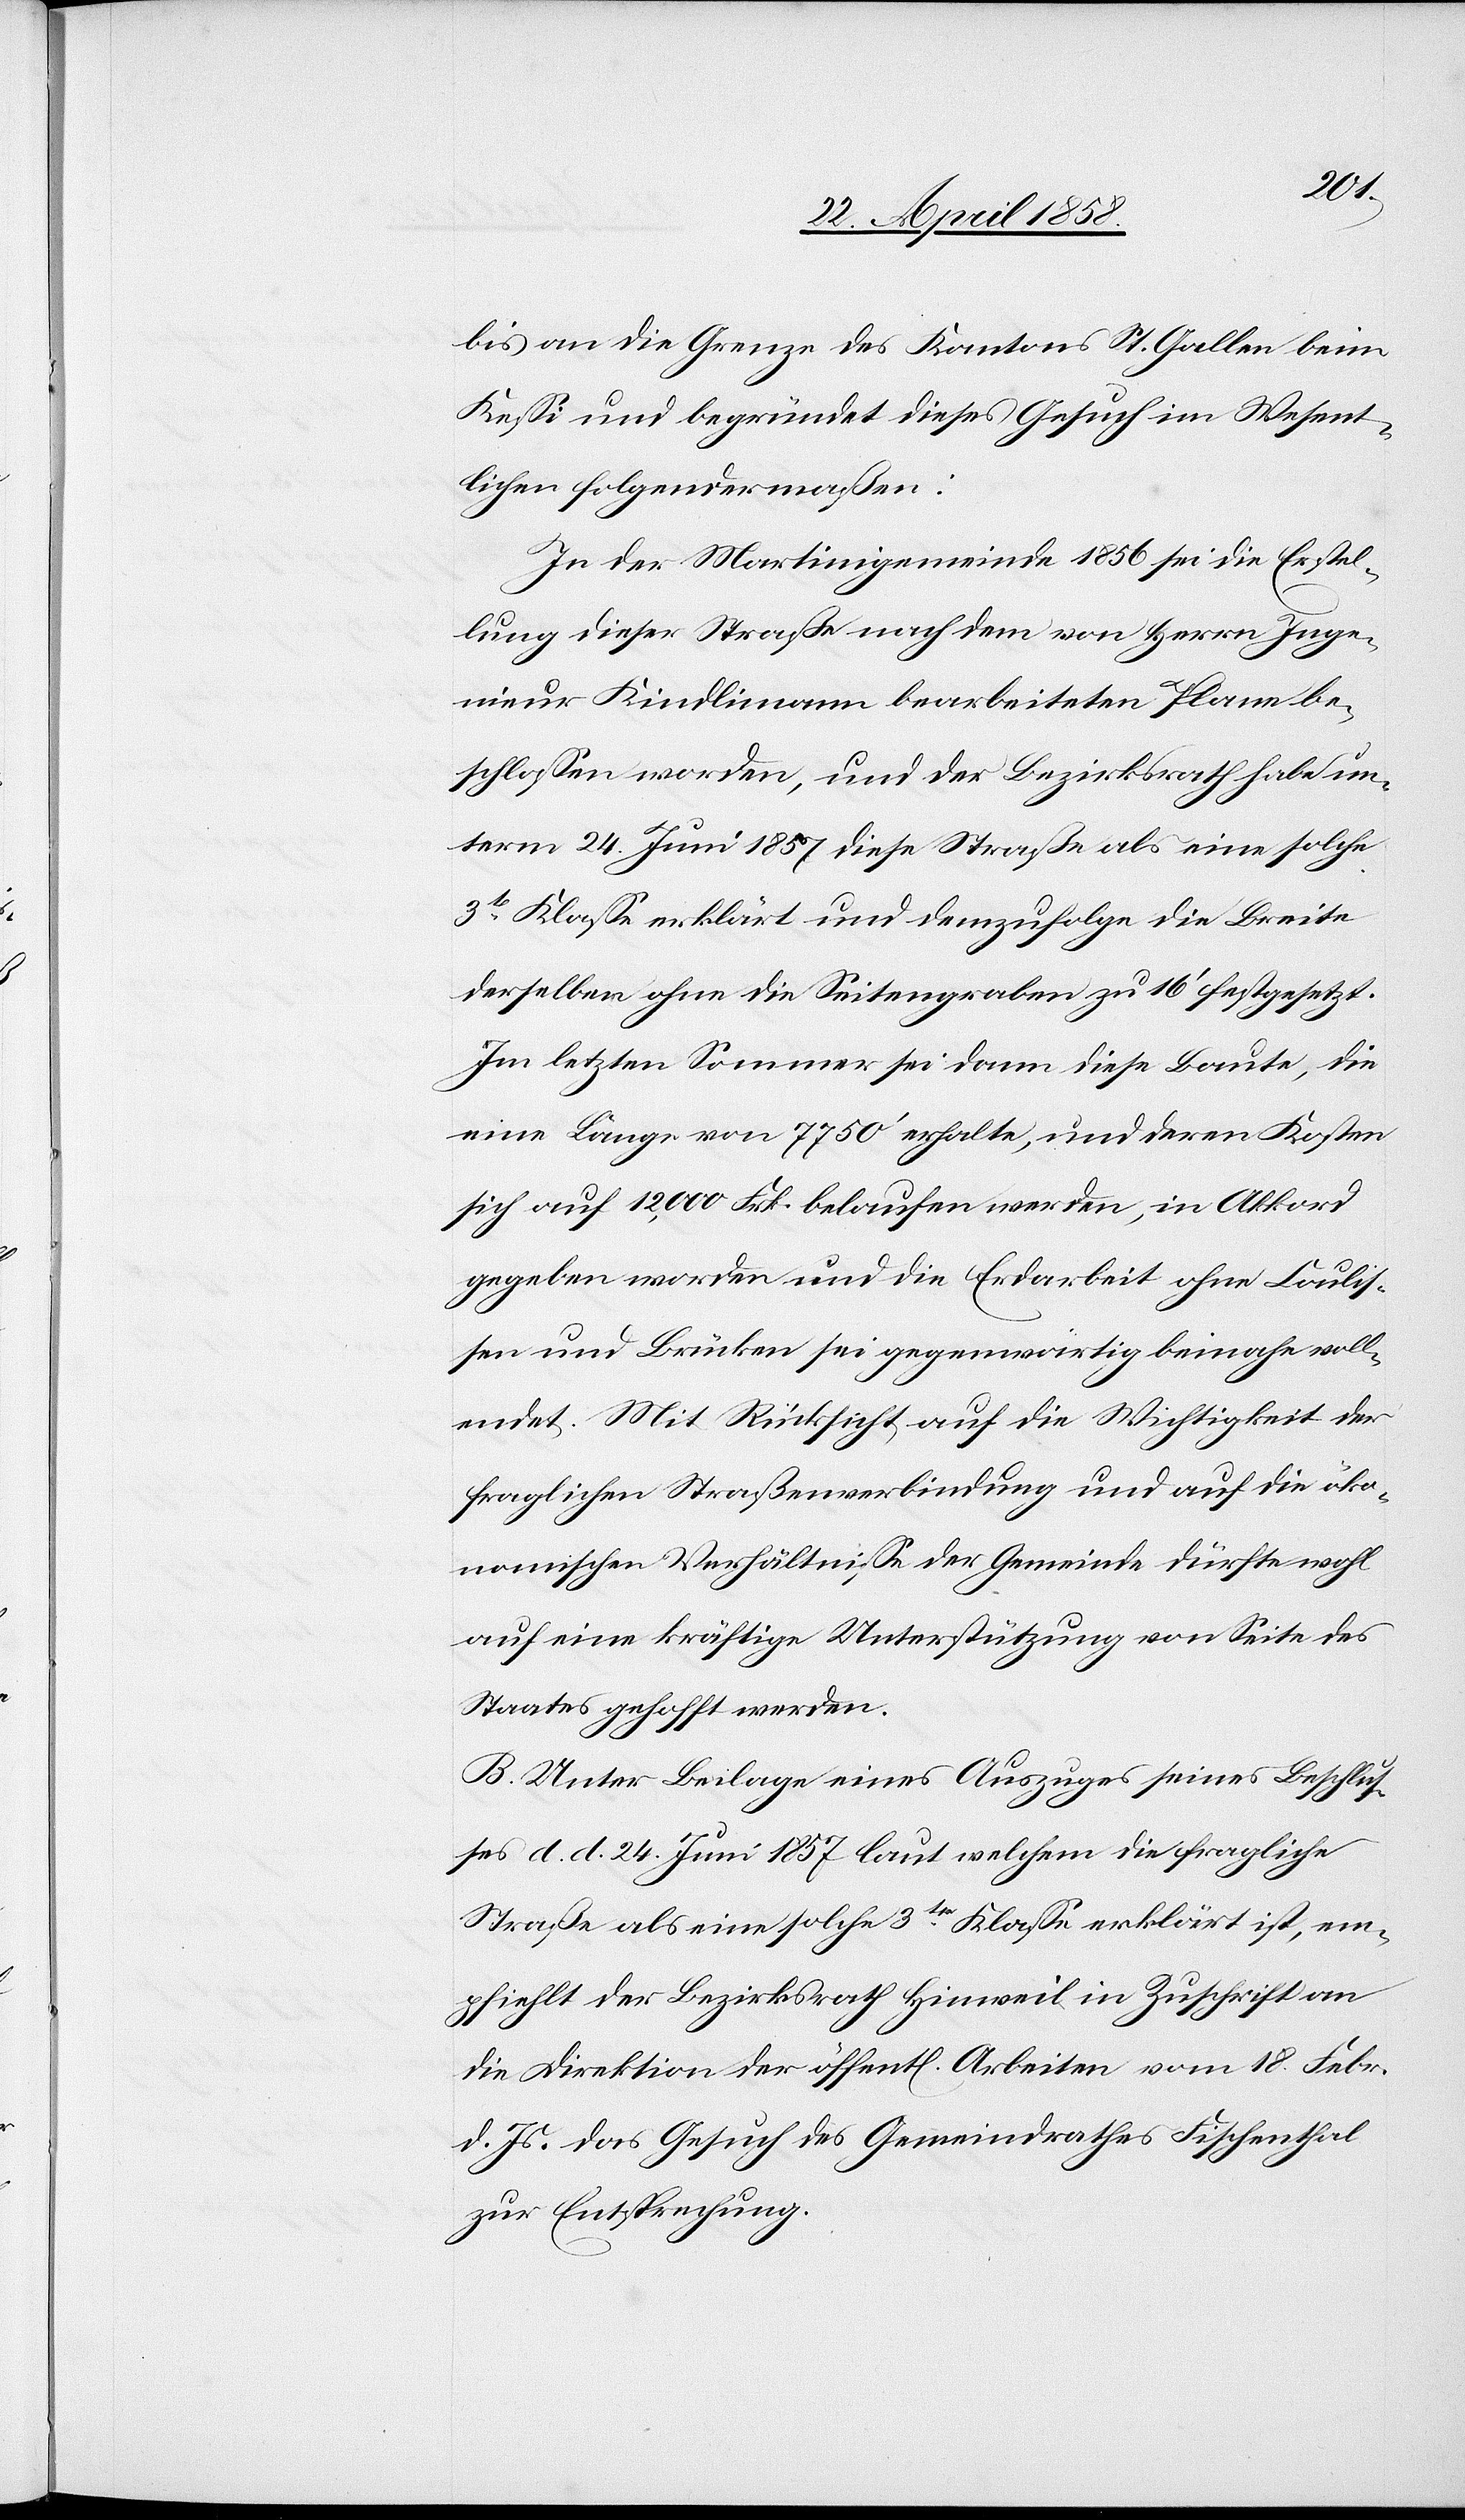
bis an die Grenze des Kantons St. Gallen beim
Kessi und begründet dieses Gesuch im Wesent¬
lichen folgendermaßen:
In der Martinigemeinde 1856 sei die Erstel¬
lung dieser Straße nach dem von Herrn Inge¬
nieur Kindlimann bearbeiteten Plane be¬
schlossen worden, und der Bezirksrath habe un¬
term 24. Juni 1857 diese Straße als eine solche
3t[er] Klasse erklärt und demzufolge die Breite
derselben ohne die Seitengraben zu 16’ festgesetzt.
Im letzten Sommer sei dann diese Baute, die
eine Länge von 7750’ erhalte, und deren Kosten
sich auf 12,000 Frk. belaufen werden, in Akkord
gegeben worden und die Erdarbeit ohne Coulis¬
sen und Brücken sei gegenwärtig beinahe voll¬
endet. Mit Rücksicht auf die Wichtigkeit der
fraglichen Straßenverbindung und auf die öko¬
nomischen Verhältnisse der Gemeinde dürfte wohl
auf eine kräftige Unterstützung von Seite des
Staates gehofft werden.
B. Unter Beilage eines Auszuges eines Beschlus¬
ses d. d. 24. Juni 1857 laut welchem die fragliche
Straße als eine solche 3tr Klasse erklärt ist, em¬
pfiehlt der Bezirksrath Hinweil in Zuschrift an
die Direktion der öffent[lichen] Arbeiten vom 18. Febr.
d. Js. das Gesuch des Gemeindrathes Fischenthal
zur Entsprechung.